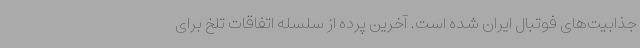
جذابیت‌های فوتبال ایران شده است. آخرین پرده از سلسله اتفاقات تلخ برای